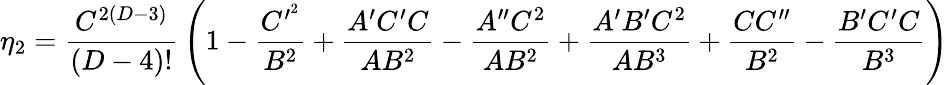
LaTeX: \eta_{2}={\frac{C^{2(D-3)}}{(D-4)!}}\left(1-{\frac{C^{\prime^{2}}}{B^{2}}}+{\frac{A^{\prime}C^{\prime}C}{AB^{2}}}-{\frac{A^{\prime\prime}C^{2}}{AB^{2}}}+{\frac{A^{\prime}B^{\prime}C^{2}}{AB^{3}}}+{\frac{CC^{\prime\prime}}{B^{2}}}-{\frac{B^{\prime}C^{\prime}C}{B^{3}}}\right)